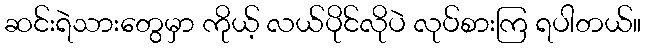
ဆင်းရဲသားတွေမှာ ကိုယ့် လယ်ပိုင်လိုပဲ လုပ်စားကြ ရပါတယ်။